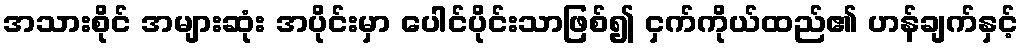
အသားစိုင် အများဆုံး အပိုင်းမှာ ပေါင်ပိုင်းသာဖြစ်၍ ငှက်ကိုယ်ထည်၏ ဟန်ချက်နှင့်